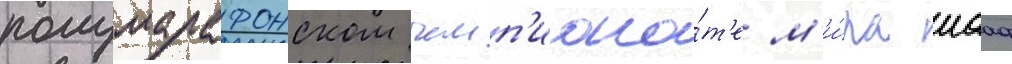
полумарафонском чемп'иона́т'е м'и́ра иааф